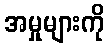
အမှုများကို